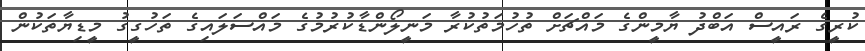
ކުރީގެ ރައީސް އަބްދު ޔާމީންގެ މައްޗަށް ތުހުމަތުކުރާ މަނީލޯންޑާކުރުމުގެ މައްސަލައިގެ ތަހުގީގު މީޑިޔާތަކުން